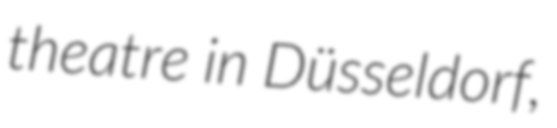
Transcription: theatre in Düsseldorf,